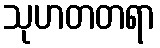
သုဟတတရာ